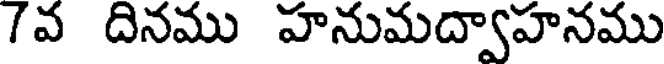
7వ దినము హనుమద్వాహనము